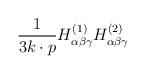
LaTeX: \begin{align*}{1\over 3 k\cdot p} H^{(1)}_{\alpha\beta\gamma} H^{(2)}_{\alpha\beta\gamma}\end{align*}